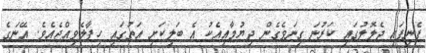
ފެނިފައި ދެލޮލުގައި ކަރުނަ ގިނަވެގެން ދިޔުމާއިއެކު އެ ބަލިކަށި އަތުގައި ހިފާލެވިއްޖެއެވެ. އޭނަގެ